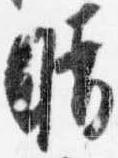
晴